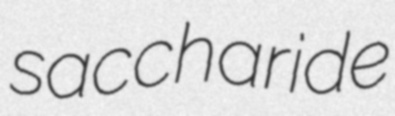
saccharide